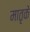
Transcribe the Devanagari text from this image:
मातृके